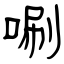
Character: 唰